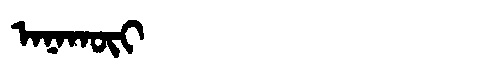
Manchu: ᠠᠨᠠᡴᡡᡳ
Romanization: ANAKŪI